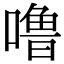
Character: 噜